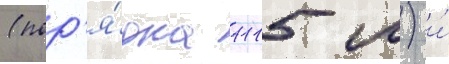
(пор'я́дка 1115 м) и́